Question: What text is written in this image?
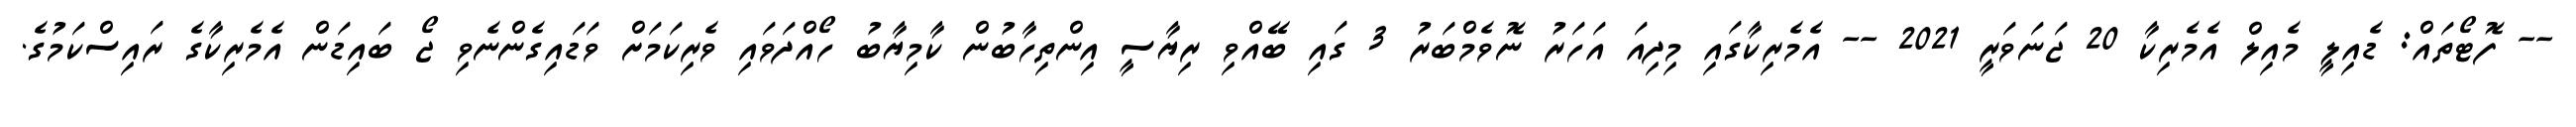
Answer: -- ފޮޓޯތައް: ޑެއިލީ މެއިލް އެމެރިކާ 20 ޖަނަވަރީ 2021 -- އެމެރިކާގައި މިދިއަ އަހަރު ނޮވެމްބަރު 3 ގައި ބޭއްވި ރިޔާސީ އިންތިހާބުން ކާމިޔާބު ހޯއްދަވައި ވެރިކަމަށް ވަޑައިގެންނެވި ޖޯ ބައިޑަން އެމެރިކާގެ ރައިސްކަމުގެ.